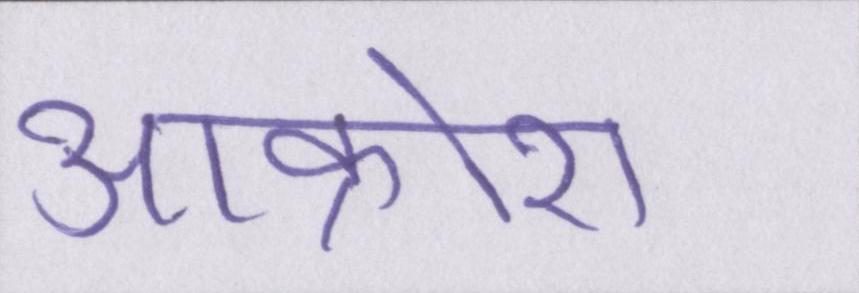
आक्रोश